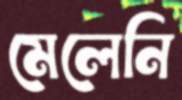
মেলেনি